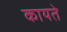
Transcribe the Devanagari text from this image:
कायते